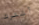
أشترك